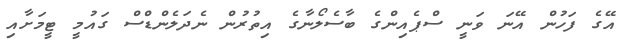
އޭގެ ފަހުން އޭނަ ވަނީ ސްޕެއިންގެ ބާސެލޯނާގެ އިތުރުން ނެދަލެންޑްސް ގައުމީ ޓީމަށާއި